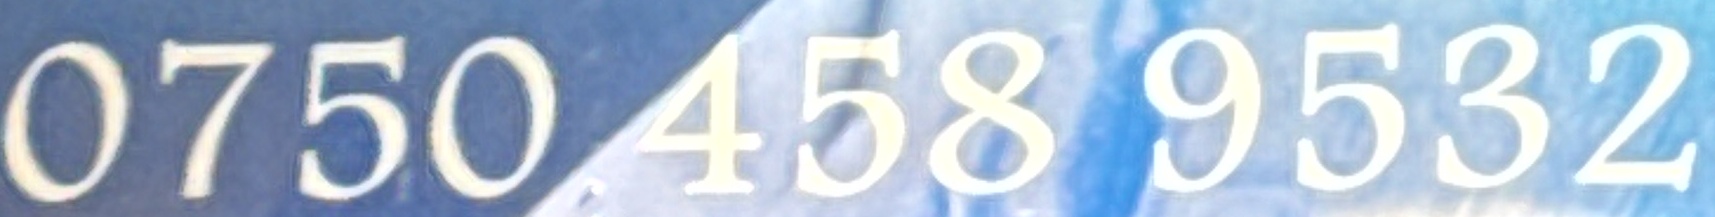
0750 458 9532